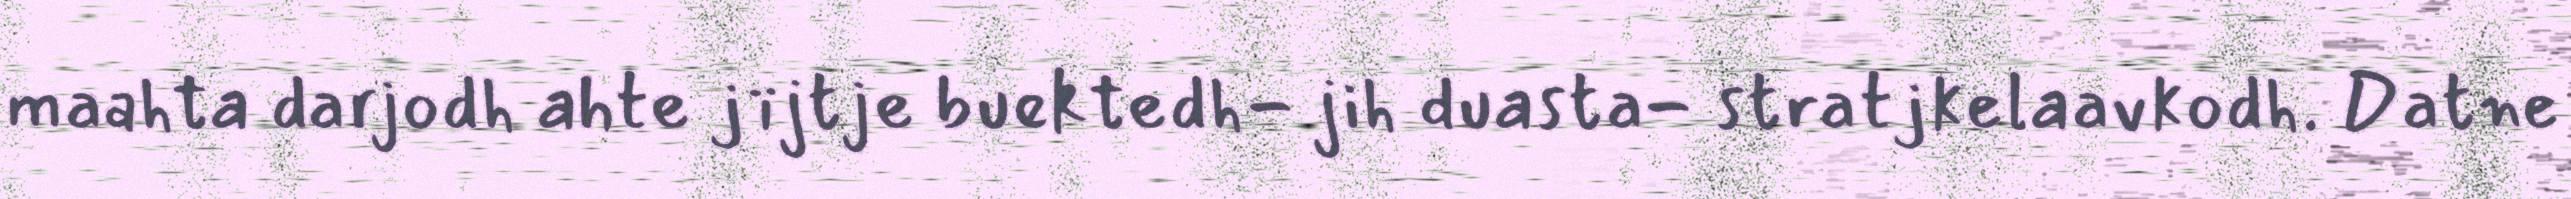
maahta darjodh ahte jïjtje buektedh- jih duasta- stratjkelaavkodh. Datne